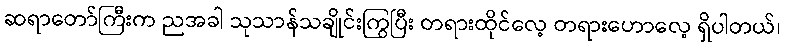
ဆရာတော်ကြီးက ညအခါ သုသာန်သချိုင်းကြွပြီး တရားထိုင်လေ့ တရားဟောလေ့ ရှိပါတယ်၊